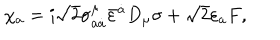
\chi _ { a } = i \sqrt { 2 } \sigma _ { a \dot { a } } ^ { \mu } \bar { \varepsilon } ^ { \dot { a } } D _ { \mu } \sigma + \sqrt { 2 } \varepsilon _ { a } F ,